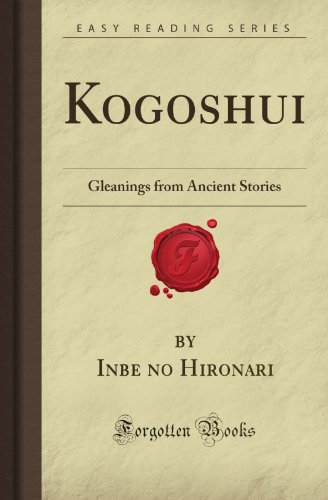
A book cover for Kogoshui: Gleanings from Ancient Stories (Forgotten Books); Inbe no Hironari; Religion & Spirituality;